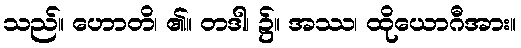
သည်။ ဟောတိ၊ ၏။ တဒါ၊ ၌။ အဿ၊ ထိုယောဂီအား။